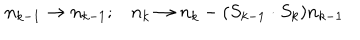
LaTeX: \begin{array} { c c } { { n _ { k - 1 } \rightarrow n _ { k - 1 } ; } } & { { n _ { k } \rightarrow n _ { k } - ( S _ { k - 1 } \cdot S _ { k } ) n _ { k - 1 } } } \\ \end{array}